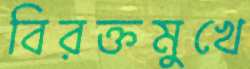
বিরক্তমুখে